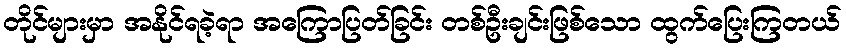
တိုင်များမှာ အနိုင်ရခဲ့ရာ အကြောပြတ်ခြင်း တစ်ဦးချင်းဖြစ်သော ထွက်ပြေးကြတယ်